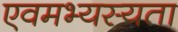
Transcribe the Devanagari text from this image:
एवमभ्यस्यता